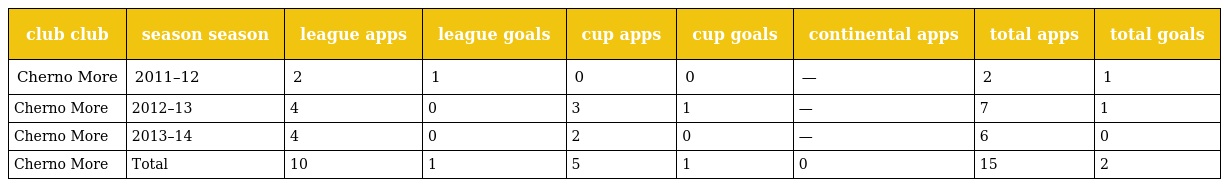
| club club | season season | league apps | league goals | cup apps | cup goals | continental apps | total apps | total goals |
 | --- | --- | --- | --- | --- | --- | --- | --- | --- |
 | Cherno More | 2011–12 | 2 | 1 | 0 | 0 | — | 2 | 1 |
 | Cherno More | 2012–13 | 4 | 0 | 3 | 1 | — | 7 | 1 |
 | Cherno More | 2013–14 | 4 | 0 | 2 | 0 | — | 6 | 0 |
 | Cherno More | Total | 10 | 1 | 5 | 1 | 0 | 15 | 2 |